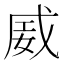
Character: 𪭏